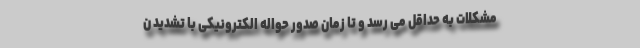
مشکلات به حداقل می رسد و تا زمان صدور حواله الکترونیکی با تشدید ن